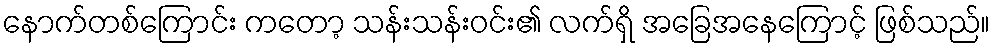
နောက်တစ်ကြောင်း ကတော့ သန်းသန်းဝင်း၏ လက်ရှိ အခြေအနေကြောင့် ဖြစ်သည်။